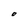
Character: O